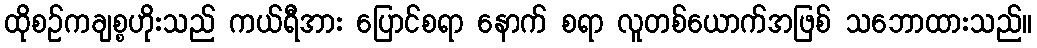
ထိုစဉ်ကချစ္စဟိုးသည် ကယ်ရီအား ပြောင်စရာ နောက် စရာ လူတစ်ယောက်အဖြစ် သဘောထားသည်။